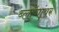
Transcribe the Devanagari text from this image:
ब्लॉगांवर